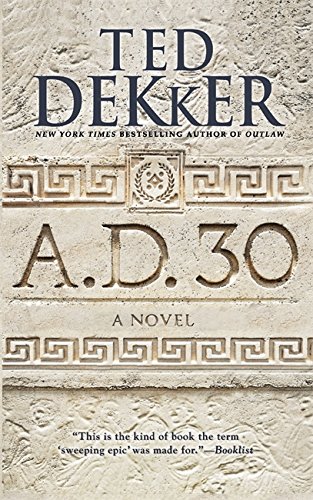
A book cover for A.D. 30: A Novel; Ted Dekker; Literature & Fiction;